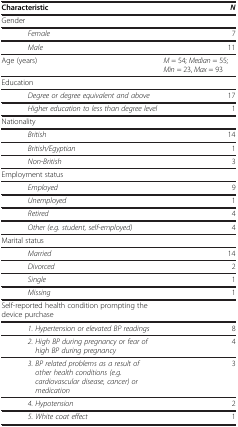
<table><thead><tr><td><b>Characteristic</b></td><td><b><i>N</i></b></td></tr></thead><tbody><tr><td>Gender</td><td> </td></tr><tr><td><i>Female</i></td><td>7</td></tr><tr><td><i>Male</i></td><td>11</td></tr><tr><td>Age (years)</td><td><i>M</i> = 54; <i>Median</i> = 55; <i>Min</i> = 23, <i>Max</i> = 93</td></tr><tr><td>Education</td><td> </td></tr><tr><td><i>Degree or degree equivalent and above</i></td><td>17</td></tr><tr><td><i>Higher education to less than degree level</i></td><td>1</td></tr><tr><td>Nationality</td><td> </td></tr><tr><td><i>British</i></td><td>14</td></tr><tr><td><i>British/Egyptian</i></td><td>1</td></tr><tr><td><i>Non-British</i></td><td>3</td></tr><tr><td>Employment status</td><td> </td></tr><tr><td><i>Employed</i></td><td>9</td></tr><tr><td><i>Unemployed</i></td><td>1</td></tr><tr><td><i>Retired</i></td><td>4</td></tr><tr><td><i>Other (e.g. student, self-employed)</i></td><td>4</td></tr><tr><td>Marital status</td><td> </td></tr><tr><td><i>Married</i></td><td>14</td></tr><tr><td><i>Divorced</i></td><td>2</td></tr><tr><td><i>Single</i></td><td>1</td></tr><tr><td><i>Missing</i></td><td>1</td></tr><tr><td>Self-reported health condition prompting the device purchase</td><td> </td></tr><tr><td><i>1. Hypertension or elevated BP readings</i></td><td>8</td></tr><tr><td><i>2. High BP during pregnancy or fear of high BP during pregnancy</i></td><td>4</td></tr><tr><td><i>3. BP related problems as a result of other health conditions (e.g. cardiovascular disease, cancer) or medication</i></td><td>3</td></tr><tr><td><i>4. Hypotension</i></td><td>2</td></tr><tr><td><i>5. White coat effect</i></td><td>1</td></tr></tbody></table>